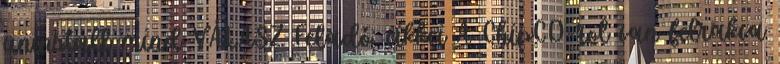
uninstall mind VÁLASZ Feladó: cikkei A ChipCD-rol van felrakva